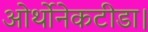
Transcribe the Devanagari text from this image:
ओर्थोनेकटीडा।